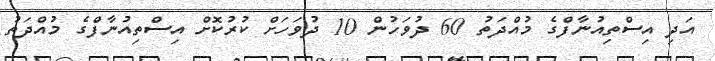
އަދި އިސްތިއުނާފްގެ މުއްދަތު 60 ދުވަހުން 10 ދުވަހަށް ކުރުކޮށް އިސްތިއުނާފްގެ މުއްދަތު